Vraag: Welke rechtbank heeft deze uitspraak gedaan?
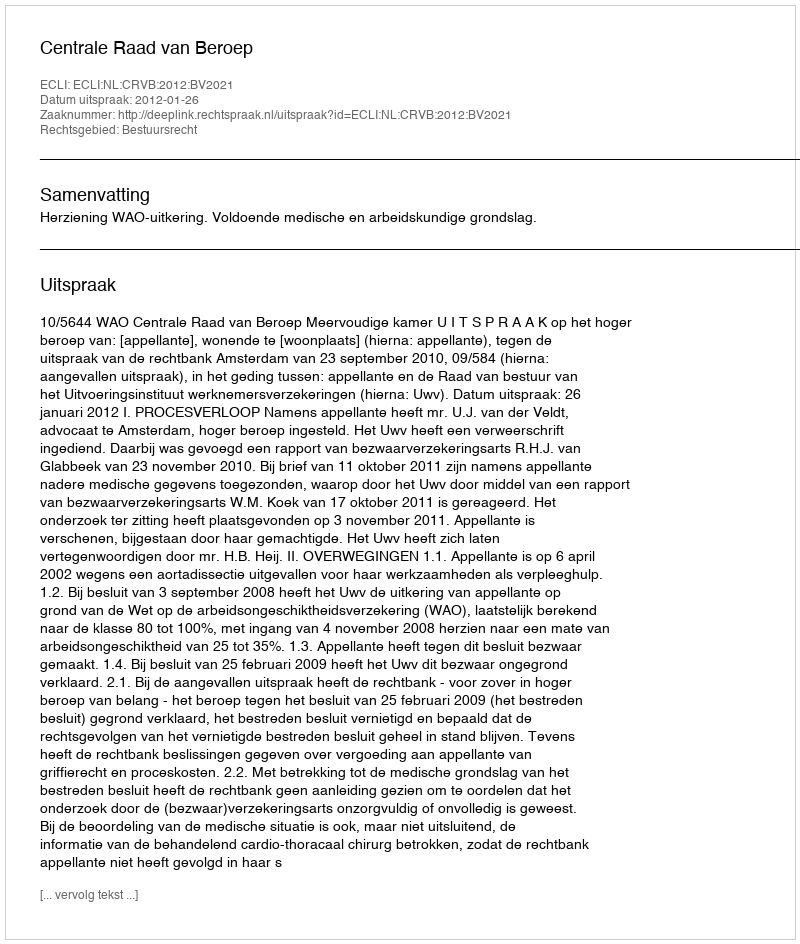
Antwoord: Centrale Raad van Beroep